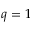
q = 1